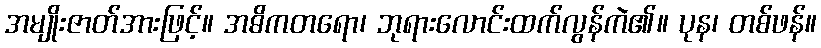
အမျိုးဇာတ်အားဖြင့်။ အဓိကတရော၊ ဘုရားလောင်းထက်လွန်ကဲ၏။ ပုန၊ တစ်ဖန်။